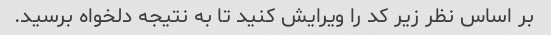
بر اساس نظر زیر کد را ویرایش کنید تا به نتیجه دلخواه برسید.